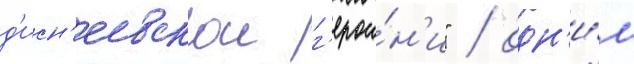
д'исн'еевскои г'ерои́н'и" / одн'и́м